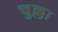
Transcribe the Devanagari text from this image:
चुल्ला